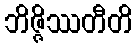
ဘိဇ္ဇိဿတီတိ